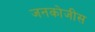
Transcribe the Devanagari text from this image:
जनकोजीस